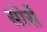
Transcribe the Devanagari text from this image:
सोर्से